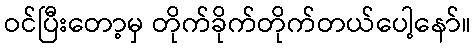
ဝင်ပြီးတော့မှ တိုက်ခိုက်တိုက်တယ်ပေါ့နော်။